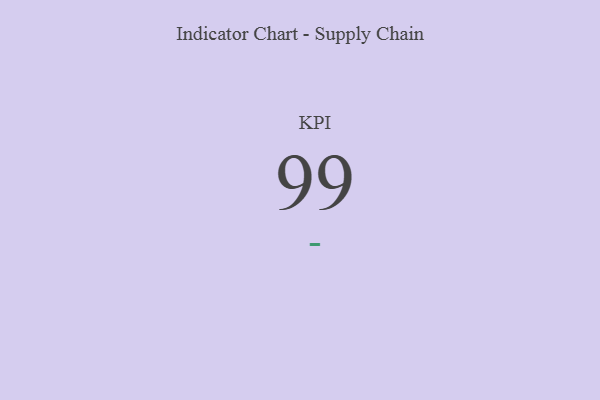
{"axis": {"x": "KPI", "y": "Value"}, "legend": [""], "data": [{"x": "KPI", "y": 99, "type": ""}]}